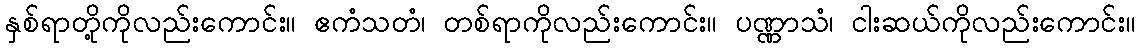
နှစ်ရာတို့ကိုလည်းကောင်း။ ဧကံသတံ၊ တစ်ရာကိုလည်းကောင်း။ ပဏ္ဏာသံ၊ ငါးဆယ်ကိုလည်းကောင်း။